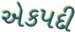
એકપદી